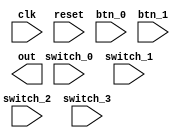
module cpu(
    input clk,
    input reset,
    input switch_0,
    input switch_1,
    input switch_2,
    input switch_3,
    input btn_0,
    input btn_1,
    output [3:0]out
    );
    
    reg [3:0]A, B, X, Y, PC, SP;
    
    reg LOAD, LOAD1, START;
    
    reg ZERO, CARRY, SIGN, HALT;
    
    reg [3:0]PROG[15:0];
       
    wire [3:0] bus_in;

    assign bus_in = {switch_0,switch_1,switch_2,switch_3};
    assign bus_out = PC;
    
    always @(*) begin
        if(reset) begin 
            LOAD = 1;
            START = 0;
            PC = 0;
            SP = 0;
        end  
        
        PC = PC;
        SP = SP;
        START = START;
        LOAD = LOAD;  
        LOAD1 = LOAD1;
        
        if(LOAD && btn_0 && !LOAD1) begin 
            PROG[PC] = bus_in;
            PC = PC + 1;
            LOAD1 = 1;
        end
        
        if(LOAD1 && !btn_0) LOAD1 = 0;
    end
    
    always @(posedge clk) begin
        if(reset) begin 
            HALT=0;
            A = 0;
            B = 0;
            X = 0; 
            Y = 0;
        end
        
        HALT=HALT;
        A = A;
        B = B;
        X = X; 
        Y = Y;
        ZERO = 0; 
        CARRY= 0;
        SIGN = 0;
        
//        if(!HALT && START) begin 
//            case(PROG[PC][3:0]) 
//                4'b0000: begin 
//                end 
                
//                4'b0001: begin
                    
//                end
//            endcase
//        end
    end
    
endmodule